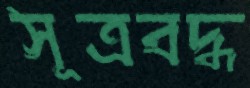
সূত্রবদ্ধ